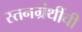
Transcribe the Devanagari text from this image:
स्तनग्रंथींची